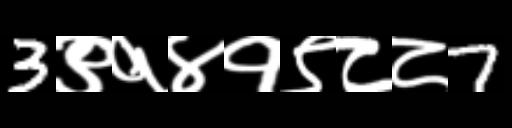
Text: 3९१४१९८८7